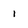
Character: 1